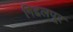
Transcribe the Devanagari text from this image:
गिद्दलपूर